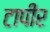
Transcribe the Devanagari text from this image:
टापीर